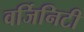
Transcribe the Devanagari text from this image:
वर्जिनिटी